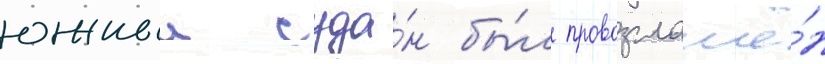
южныи суда́н бы́л провозглашё́н